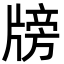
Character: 牓